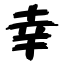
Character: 幸